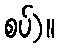
စပ်)။